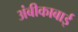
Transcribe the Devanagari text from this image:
अंबीकाबाई